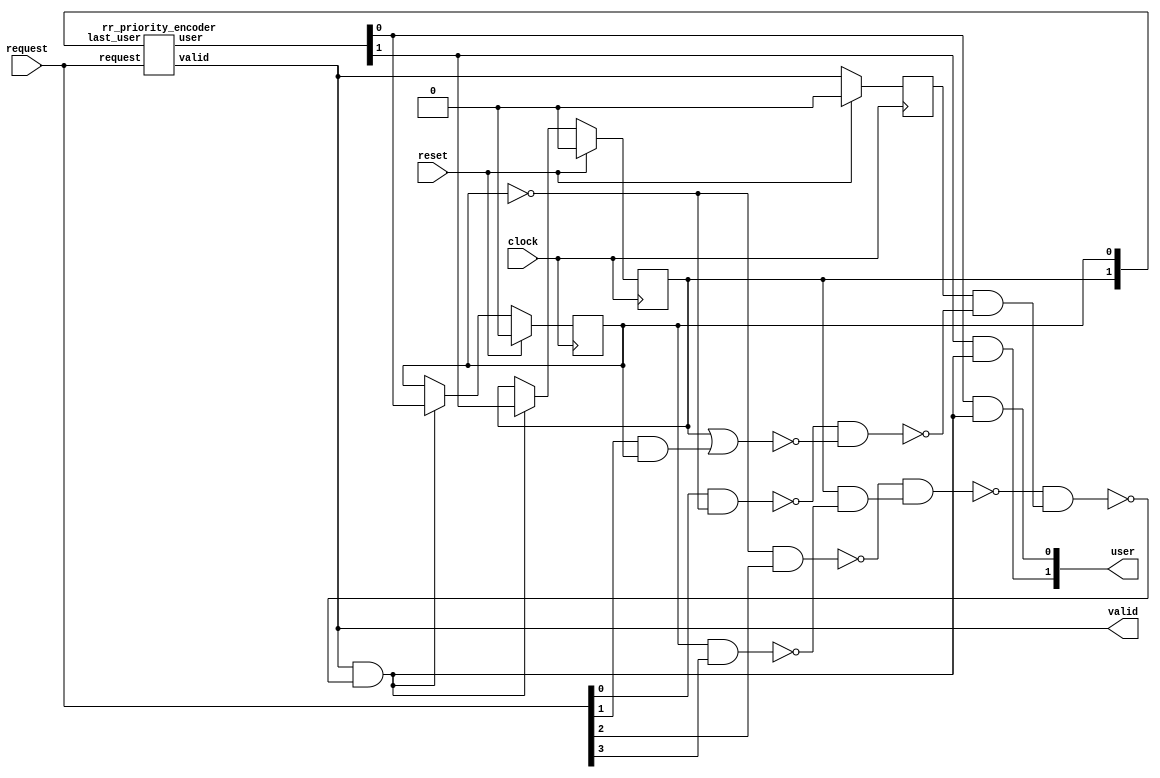
/* Generated by Yosys 0.16+6 (git sha1 e0ba32423, clang 11.0.1-2 -fPIC -Os) */

module rr_arbiter(clock, reset, request, valid, user);
  wire _00_;
  wire _01_;
  wire _02_;
  wire _03_;
  wire _04_;
  wire _05_;
  wire _06_;
  wire _07_;
  wire _08_;
  wire _09_;
  wire _10_;
  wire _11_;
  input clock;
  wire clock;
  wire [1:0] priority_encoder_user_comb;
  wire priority_encoder_valid_comb;
  input [3:0] request;
  wire [3:0] request;
  input reset;
  wire reset;
  output [1:0] user;
  wire [1:0] user;
  reg [1:0] user_reg;
  output valid;
  wire valid;
  reg valid_reg;
  assign _01_ = ~user_reg[0];
  assign _02_ = ~(request[0] & _01_);
  assign _03_ = request[1] & user_reg[0];
  assign _04_ = ~(user_reg[1] | _03_);
  assign _05_ = ~(_02_ & _04_);
  assign _06_ = ~(_01_ & request[2]);
  assign _07_ = ~(user_reg[0] & request[3]);
  assign _08_ = user_reg[1] & _07_;
  assign _09_ = ~(_06_ & _08_);
  assign _10_ = valid_reg & _05_;
  assign _11_ = ~(_09_ & _10_);
  assign _00_ = priority_encoder_valid_comb & _11_;
  assign user[0] = priority_encoder_user_comb[0] & _00_;
  assign user[1] = priority_encoder_user_comb[1] & _00_;
  always @(posedge clock)
    if (reset) user_reg[0] <= 1'h0;
    else if (_00_) user_reg[0] <= priority_encoder_user_comb[0];
  always @(posedge clock)
    if (reset) user_reg[1] <= 1'h0;
    else if (_00_) user_reg[1] <= priority_encoder_user_comb[1];
  always @(posedge clock)
    if (reset) valid_reg <= 1'h0;
    else valid_reg <= priority_encoder_valid_comb;
  rr_priority_encoder rr_priority_encoder_component (
    .last_user(user_reg),
    .request(request),
    .user(priority_encoder_user_comb),
    .valid(priority_encoder_valid_comb)
  );
  assign valid = priority_encoder_valid_comb;
endmodule

module rr_priority_encoder(request, last_user, valid, user);
  wire _00_;
  wire _01_;
  wire _02_;
  wire _03_;
  wire _04_;
  wire _05_;
  wire _06_;
  wire _07_;
  wire _08_;
  wire _09_;
  wire _10_;
  wire _11_;
  wire _12_;
  wire _13_;
  wire _14_;
  wire _15_;
  wire _16_;
  wire _17_;
  wire _18_;
  input [1:0] last_user;
  wire [1:0] last_user;
  input [3:0] request;
  wire [3:0] request;
  output [1:0] user;
  wire [1:0] user;
  output valid;
  wire valid;
  assign _00_ = ~request[1];
  assign _01_ = ~last_user[0];
  assign _02_ = ~(request[2] | request[3]);
  assign _03_ = ~(request[1] | request[0]);
  assign valid = ~(_02_ & _03_);
  assign _04_ = request[0] & last_user[1];
  assign _05_ = ~(_01_ & last_user[1]);
  assign _06_ = last_user[0] ^ last_user[1];
  assign _07_ = ~(_04_ | _06_);
  assign _08_ = ~(request[1] & _07_);
  assign _09_ = ~(_00_ | request[0]);
  assign _10_ = request[3] | _09_;
  assign _11_ = request[2] | _04_;
  assign _12_ = ~(_05_ & _11_);
  assign _13_ = ~(_10_ & _12_);
  assign user[0] = ~(_08_ & _13_);
  assign _14_ = ~(_00_ & _07_);
  assign _15_ = request[3] | last_user[0];
  assign _16_ = _03_ | _15_;
  assign _17_ = ~(_06_ & _16_);
  assign _18_ = _14_ & _17_;
  assign user[1] = ~(_02_ | _18_);
endmodule